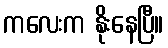
ကလေးက နိုးနေပြီ။